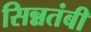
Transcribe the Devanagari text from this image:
सिन्नतंबी